Annual statistical returns and brief notes on vaccination in Bengal - 1887-1898
Year: 1887
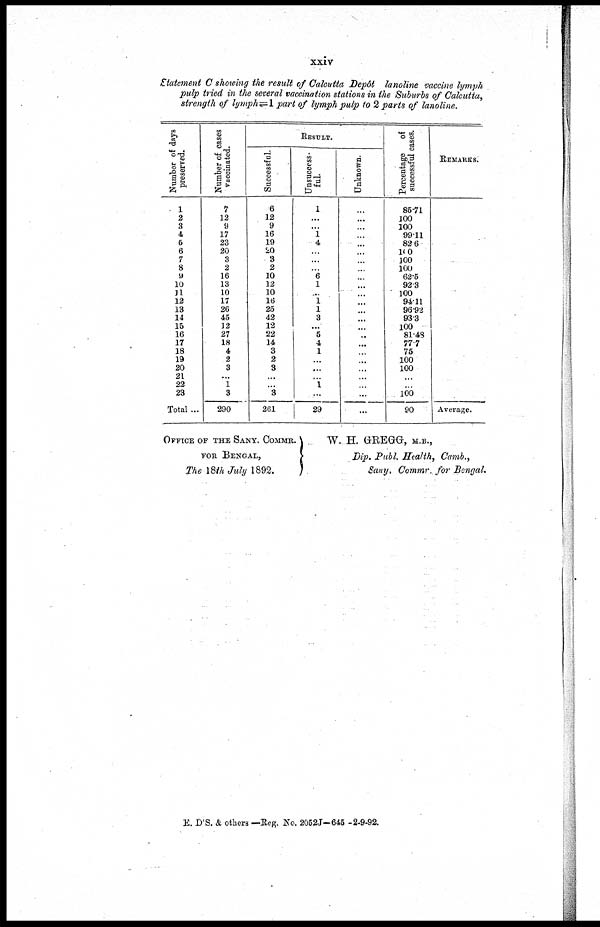
xxiv
Statement C showing the result of Calcutta Depôt lanoline vaccine lymph
pulp tried in the several vaccination stations in the Suburbs of Calcutta,
strength of lymph=1 part of lymph pulp to 2 parts of lanoline.
Number of days
preserved.
1
2
3
4
6
6
7
8
9
10
11 12
13
14
16
16
17
18
19
20
21
22
23
Total ...
Number of cases
vaccinated.
7
12
9
17
23
20
3
2
16
13
10
17
26
45
12
27
18
4
2
3
...
1
3
290
RESULT.
Successful.
6
12
9
16
19
20
3
2
10
12
10
16
25
42
12
22
14
3
2
3
...
...
3
261
Unsuccess-
ful.
1
...
...
1
4
...
...
...
6
1
...
1
1
3
...
5
4
1
...
...
...
1
...
29
Unknown.
...
...
...
...
...
...
...
...
...
...
...
...
...
...
...
...
...
...
...
...
...
...
...
...
Percentage of
successful cases.
85.71
100
100
99.11
82.6
100
100
100
62.5
92.3
100
94.11
96.92
93.3
100
81.48
77.7
75
100
100
...
...
100
90
REMARKS.
Average.
OFFICE OF THE SANY. COMMR.
FOR BENGAL,
The 18th July 1892.
W. H. GREGG, M.B.,
Dip, Publ. Health, Camb.,
Sany. Commr. for Bengal.
E. D'S. & others —Reg. No. 2052J—645 -2-9-92.